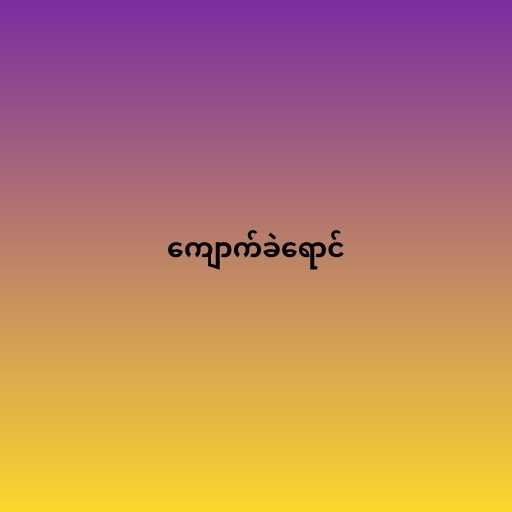
ကျောက်ခဲရောင်